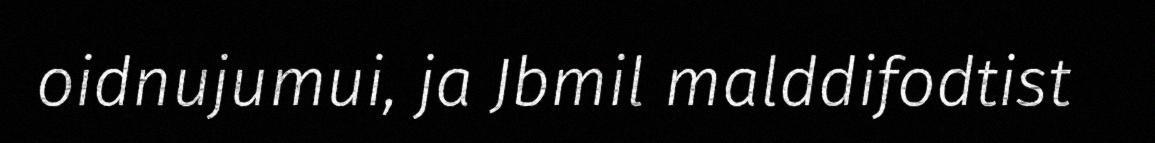
oidnujumui, ja Jbmil malddifodtist